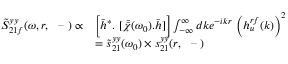
\begin{array} { r l } { \tilde { S } _ { 2 1 f } ^ { y y } ( \omega , r , ~ \textrm { -- } ) \propto } & { \Big [ \bar { h } ^ { * } . ~ [ \bar { \bar { \chi } } { ( \omega _ { 0 } ) } . \bar { h } ] \Big ] \int _ { - \infty } ^ { \infty } d k e ^ { - i k r } ~ \Big ( h _ { u } ^ { r f } ( k ) \Big ) ^ { 2 } } \\ & { = \tilde { s } _ { 2 1 } ^ { y y } ( \omega _ { 0 } ) \times s _ { 2 1 } ^ { y y } ( r , ~ \textrm { -- } ) } \end{array}